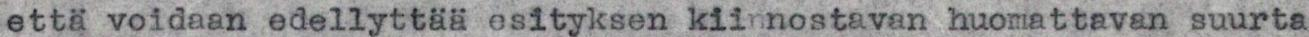
että voidaan edellyttää esityksen kiinnostavan huomattavan suurta